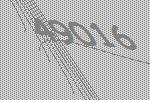
49016